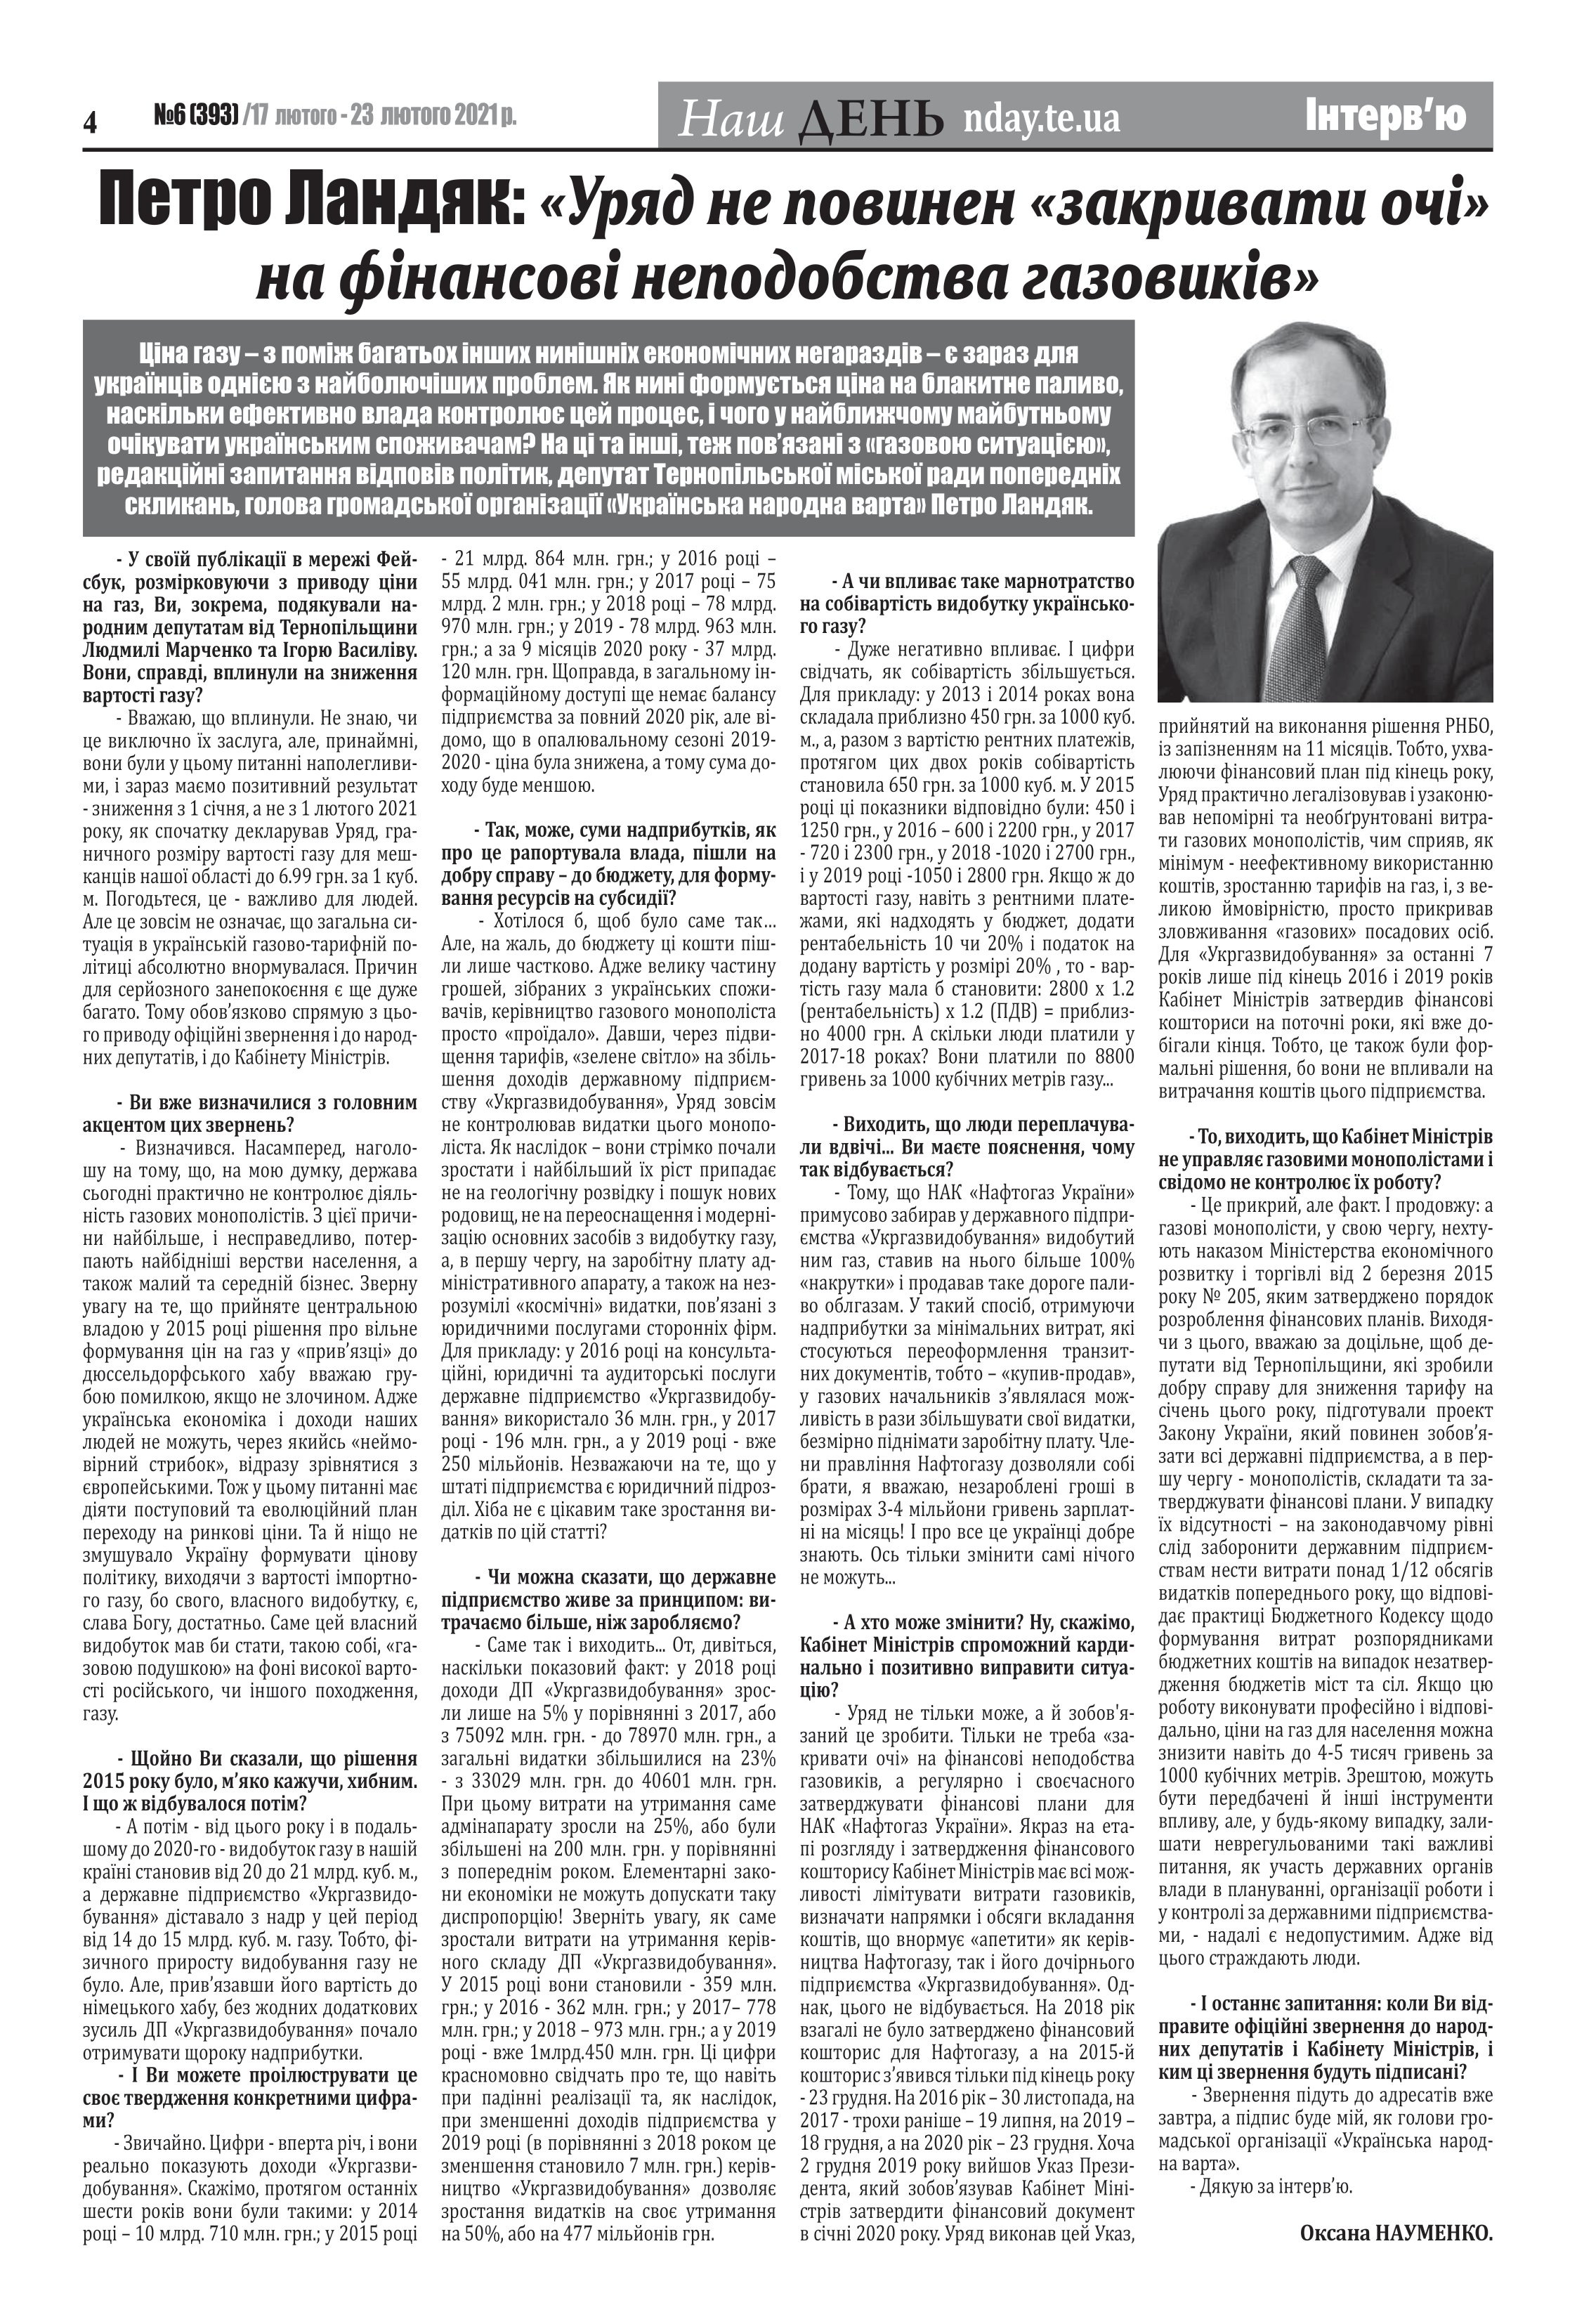
Language: uk